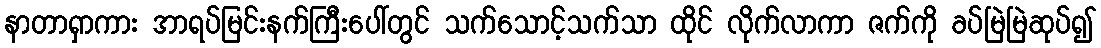
နာတာရှာကား အာရပ်မြင်းနက်ကြီးပေါ်တွင် သက်သောင့်သက်သာ ထိုင် လိုက်လာကာ ဇက်ကို ခပ်မြဲမြဲဆုပ်၍